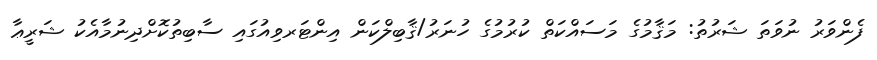
ފެންވަރު ނުވަތަ ޝަރުތު: މަޤާމުގެ މަސައްކަތް ކުރުމުގެ ހުނަރު/ޤާބިލްކަން އިންޓަރވިއުގައި ސާބިތުކޮށްދިނުމާއެކު ޝަރީޢާ